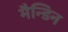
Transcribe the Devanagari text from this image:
मैन्डिन